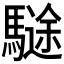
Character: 𩥽